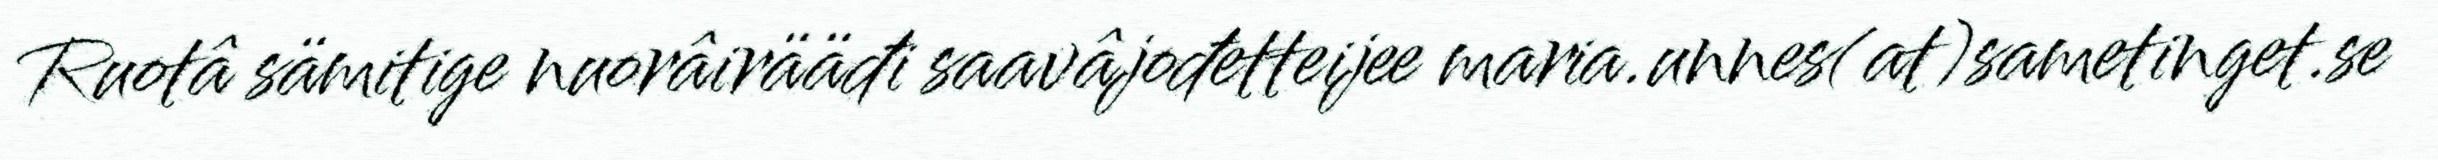
Ruotâ sämitige nuorâirääđi saavâjođetteijee maria.unnes(at)sametinget.se